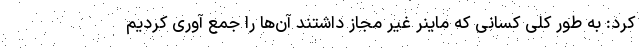
کرد: به طور کلی کسانی که ماینر غیر مجاز داشتند آن‌ها را جمع آوری کردیم